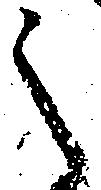
之